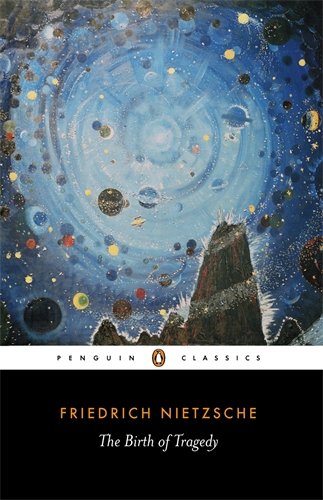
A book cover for The Birth of Tragedy: Out of the Spirit of Music (Penguin Classics); Friedrich Nietzsche; Literature & Fiction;